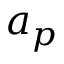
a _ { p }